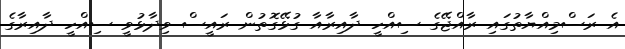
އެ ރަސްމިއްޔާތުގައި ރާއްޖޭގެ ސިއްހީ ދާއިރާއާ ގުޅޭގޮތުން ރައީސް ވިދާޅުވީ ސިއްހީ ދާއިރާގެ